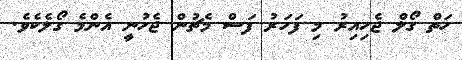
ހަތް ގޯލް ޖެހިއިރު މި ފަހަރު ފަސް މެޗުން ޖެހުނީ އެންމެ ގޯލެކެވެ.